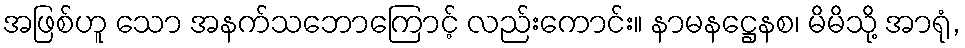
အဖြစ်ဟူ သော အနက်သဘောကြောင့် လည်းကောင်း။ နာမနဋ္ဌေနစ၊ မိမိသို့ အာရုံ,